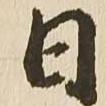
日